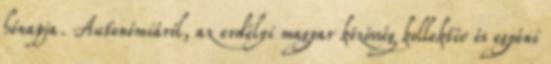
hónapja. Autonómiáról, az erdélyi magyar közösség kollektív és egyéni